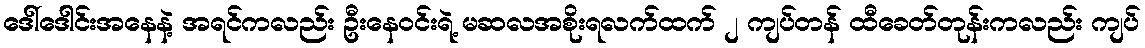
ဒေါ်ဒေါင်းအနေနဲ့ အရင်ကလည်း ဦးနေဝင်းရဲ့ မဆလအစိုးရလက်ထက် ၂ ကျပ်တန် ထီခေတ်တုန်းကလည်း ကျပ်